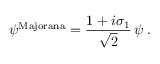
\psi ^ { \mathrm { M a j o r a n a } } = \frac { 1 + i \sigma _ { 1 } } { \sqrt { 2 } } \, \psi \; .